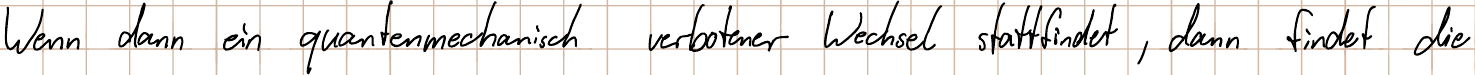
Wenn dann ein quantenmechanisch verbotener Wechsel stattfindet, dann findet die